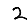
Digit: 2